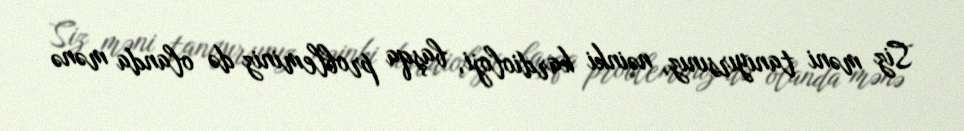
Siz məni tanıyırsınız, nəinki kardioloji, başqa probleminiz də olanda mənə